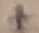
Text: +